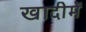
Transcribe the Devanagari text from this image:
खादीमें